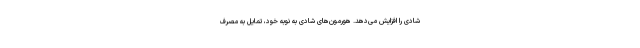
شادی را افزایش می‌دهد. هورمون‌های شادی به‌ نوبه خود، تمایل به مصرف